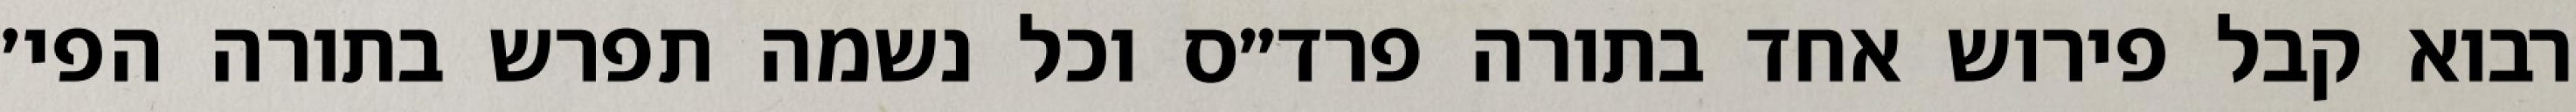
רבוא קבל פירוש אחד בתורה פרד״ס וכל נשמה תפרש בתורה הפי׳